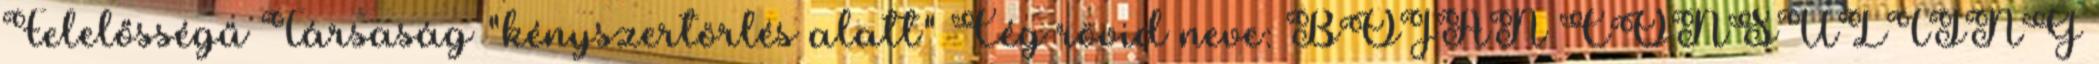
Felelősségű Társaság "kényszertörlés alatt" Cég rövid neve: BOJAN CONSULTING